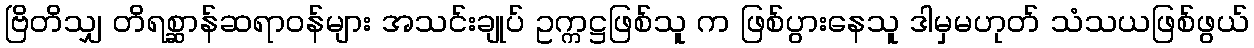
ဗြိတိသျှ တိရစ္ဆာန်ဆရာဝန်များ အသင်းချုပ် ဥက္ကဋ္ဌဖြစ်သူ က ဖြစ်ပွားနေသူ ဒါမှမဟုတ် သံသယဖြစ်ဖွယ်